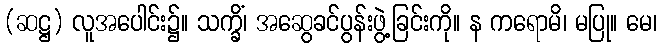
(ဆဋ္ဌ) လူအပေါင်း၌။ သက္ခိံ၊ အဆွေခင်ပွန်းဖွဲ့ခြင်းကို။ န ကရောမိ၊ မပြု။ မေ၊